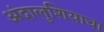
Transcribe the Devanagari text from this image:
अंदालुशियाचा